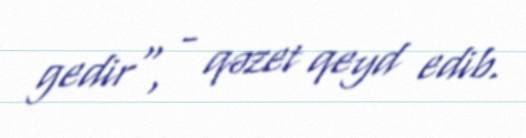
gedir", - qəzet qeyd edib.